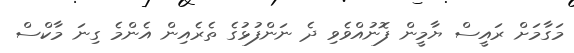
މަގާމަށް ރައީސް ޔާމީން ފޮނުއްވެވި ދެ ނަންފުޅުގެ ތެރެއިން އެންމެ ގިނަ މާކްސް